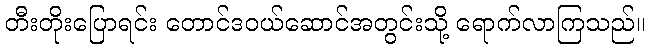
တီးတိုးပြောရင်း တောင်ဒဝယ်ဆောင်အတွင်းသို့ ရောက်လာကြသည်။